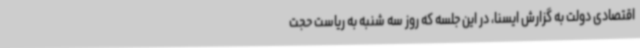
اقتصادی دولت به گزارش ایسنا، در این جلسه که روز سه شنبه به ریاست حجت